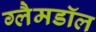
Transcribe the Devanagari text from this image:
ग्लैमडॉल